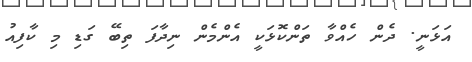
އަޅަނީ. ދެން ހެއްވާ ތަންކޮޅަކީ އެންމެން ނިދާފަ ތިބޭ ގަޑި މި ކާފިއު